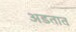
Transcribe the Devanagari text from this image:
अडतात